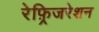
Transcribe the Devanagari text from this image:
रेफ़्रिजरेशन